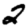
Digit: 2